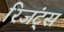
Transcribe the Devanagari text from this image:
रिजंट्स